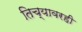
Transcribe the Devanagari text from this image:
तिच्यावरही